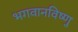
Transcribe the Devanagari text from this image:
भगवानविष्णु